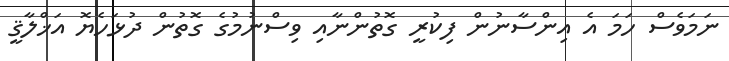
ނަމަވެސް ހަމަ އެ އިންސާނުން ފިކުރީ ގޮތުންނާއި ވިސްނުމުގެ ގޮތުން ދުޅަހެޔޮ އަޚްލާޤީ